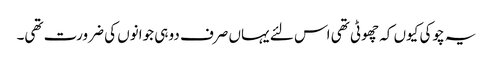
یہ چوکی کیوں کہ چھوٹی تھی اس لئے یہاں صرف دو ہی جوانوں کی ضرورت تھی۔